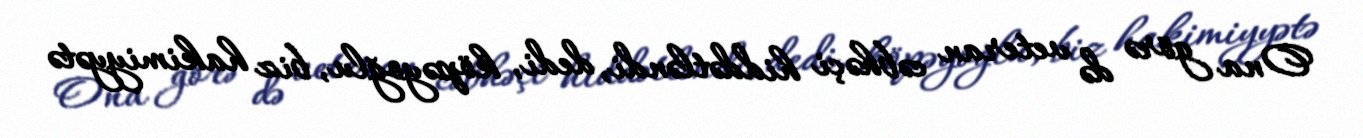
Ona görə də veteran cəbhəçi hiddətləndi, dedi, köpəyoğlu, biz hakimiyyətə